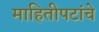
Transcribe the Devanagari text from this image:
माहितीपटांचे